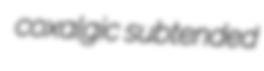
coxalgic subtended